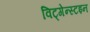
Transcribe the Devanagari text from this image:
विट्गेन्स्टइन